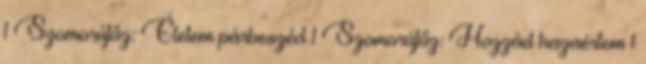
1 Szomorúfűz: Életem párbeszéd 1 Szomorúfűz: Hozzád hazaértem 1